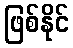
ဖြစ်နိုင်